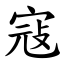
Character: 寇